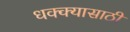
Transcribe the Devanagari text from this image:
धक्क्यासाठी